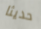
حديثا